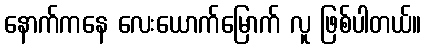
နောက်ကနေ လေးယောက်မြောက် လူ ဖြစ်ပါတယ်။